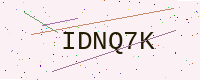
Text: IDNQ7K